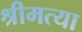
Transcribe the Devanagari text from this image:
श्रीमत्या